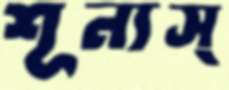
শূন্যস্